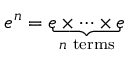
e ^ { n } = \underbrace { e \times \cdots \times e } _ { n { \mathrm { ~ t e r m s } } }